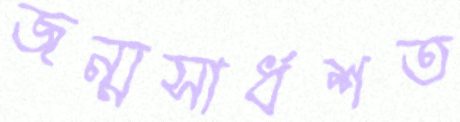
জন্মসার্ধশত